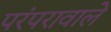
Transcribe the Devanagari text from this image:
परंपरावाले